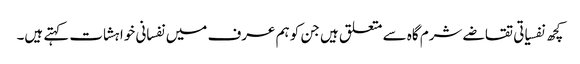
کچھ نفسیاتی تقاضے شرم گاہ سے متعلق ہیں جن کو ہم عرف میں نفسانی خواہشات کہتے ہیں۔